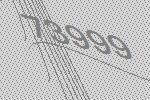
73999